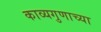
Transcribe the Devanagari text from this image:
काव्यगुणाच्या